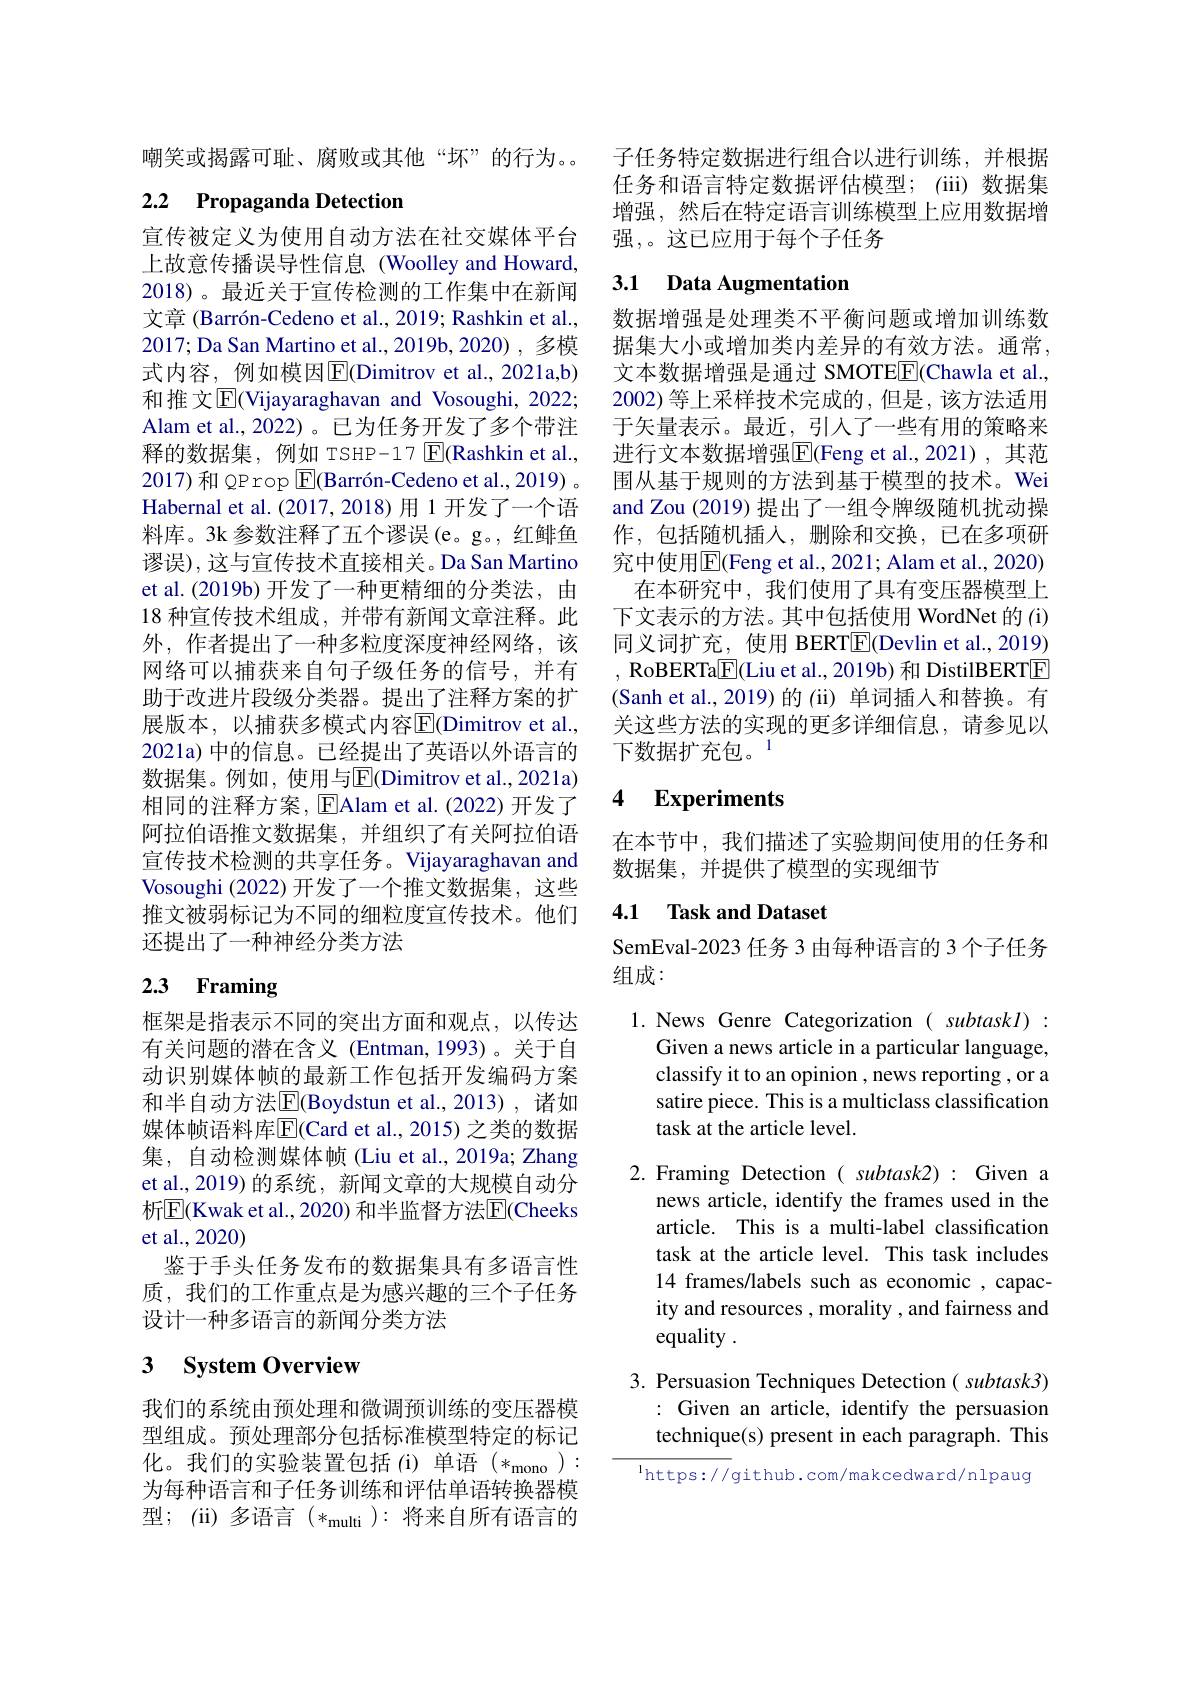
嘲笑或揭露可耻、腐败或其他“坏”的行为。

# 2.2 Propaganda Detection

宣传被定义为使用自动方法在社交媒体平台上故意传播误导性信息(Woolley and Howard, 2018)。最近关于宣传检测的工作集中在新闻文章 (Barrón-Cedeno et al., 2019; Rashkin et al., 2017; Da San Martino et al., 2019b, 2020) , 多模式内容，例如模因$\overline{\mathrm{E}}($Dimitrov et al.,2021a,b) 和推 文$\overline{\mathrm{E}}$(Vijayaraghavan and Vosoughi, 2022; Alam et al., 2022)。已为任务开发了多个带注释的数据集，例如 TSHP-17 $\boxed{\mathrm{F}}($Rashkin et al., 2017)和 QP rop $\boxed{\mathrm{F} }( \text{Barr\' {o}n- Cedenoetal. , 2019) }$。Habernal et al. (2017,2018)用 1 开发了一个语料库。3k 参数注释了五个谬误(e。g。, 红鲱鱼谬误),这与宣传技术直接相关。Da San Martino et al.(2019b) 开发了一种更精细的分类法，由18 种宣传技术组成，并带有新闻文章注释。此外，作者提出了一种多粒度深度神经网络，该网络可以捕获来自句子级任务的信号，并有助于改进片段级分类器。提出了注释方案的扩展版本，以捕获多模式内容$\overline{\mathrm{E}}($Dimitrov et al., 2021a) 中的信息。已经提出了英语以外语言的数据集。例如，使用与$\overline{\mathrm{E}}($Dimitrov et al.,2021a) 相同的注释方案，$\operatorname{Elam}$ et al.(2022)开发了阿拉伯语推文数据集，并组织了有关阿拉伯语宣传技术检测的共享任务。Vijayaraghavan and Vosoughi (2022)开发了一个推文数据集，这些推文被弱标记为不同的细粒度宣传技术。他们还提出了一种神经分类方法

# 2.3 Framing

框架是指表示不同的突出方面和观点，以传达有关问题的潜在含义 (Entman,1993)。关于自动识别媒体帧的最新工作包括开发编码方案和半自动方法$\overline{\mathbb{E}}$(Boydstun et al.,2013), 诸如媒体帧语料库$\overline{\mathrm{E}}($Card et al., 2015) 之类的数据集，自动检测媒体帧 (Liu et al., 2019a; Zhang et al.,2019)的系统，新闻文章的大规模自动分析$\overline{\mathrm{E}}($Kwak et al., 2020) 和半监督方法$\overline\mathrm{E}($Cheeks et al.,2020)
鉴于手头任务发布的数据集具有多语言性质，我们的工作重点是为感兴趣的三个子任务设计一种多语言的新闻分类方法

# 3 System Overview

我们的系统由预处理和微调预训练的变压器模型组成。预处理部分包括标准模型特定的标记化。我们的实验装置包括(i)单语(*_{mono): 为每种语言和子任务训练和评估单语转换器模型；(ii) 多语言$(*_\mathrm{multi}):$将来自所有语言的

子任务特定数据进行组合以进行训练，并根据任务和语言特定数据评估模型；(iii)数据集增强，然后在特定语言训练模型上应用数据增强，。这已应用于每个子任务

## 3.1 Data Augmentation

数据增强是处理类不平衡问题或增加训练数据集大小或增加类内差异的有效方法。通常， 文本数据增强是通过 SMOTEE(Chawla et al., 2002)等上采样技术完成的，但是，该方法适用于矢量表示。最近，引入了一些有用的策略来进行文本数据增强$\boxed{\mathrm{F}}$(Feng et al.,2021),其范围从基于规则的方法到基于模型的技术。Wei and Zou (2019)提出了一组令牌级随机扰动操作，包括随机插入，删除和交换，已在多项研究的究中使用$\overline{\mathrm{E}}($Feng et al., 2021; Alam et al., 2020)
在本研究中，我们使用了具有变压器模型上下文表示的方法。其中包括使用 WordNet 的 (i) 同义词扩充，使用 BERT$\boxed{\mathrm{F}}($Devlin et al.,2019) , RoBERTa$\boxed{\mathrm{F}}($Liu et al., 2019b) 和 DistilBERTE (Sanh et al.,2019)的(ii)单词插入和替换。有关这些方法的实现的更多详细信息，请参见以下数据扩充包。$^{1}$

# 4 Experiments

在本节中，我们描述了实验期间使用的任务和
数据集，并提供了模型的实现细节

## 4.1 Task and Dataset

SemEval-2023 任务 3 由每种语言的 3 个子任务
组成：

1.News Genre Categorization( subtaskl):
Given a news article in a particular language, classify it to an opinion , news reporting , or a satire piece. This is a multiclass classification task at the article level.

2. Framing Detection ( subtask2): Given a
news article, identify the frames used in the article. This is a multi-label classification task at the article level. This task includes 14 frames/labels such as economic , capacity and resources , morality , and fairness and equality .

3. Persuasion Techniques Detection( subtask3)
: Given an article, identify the persuasion technique(s) present in each paragraph. This

$^{\mathrm{l}}$https://github.com/makcedward/nlpaug